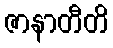
ဇာနာတီတိ